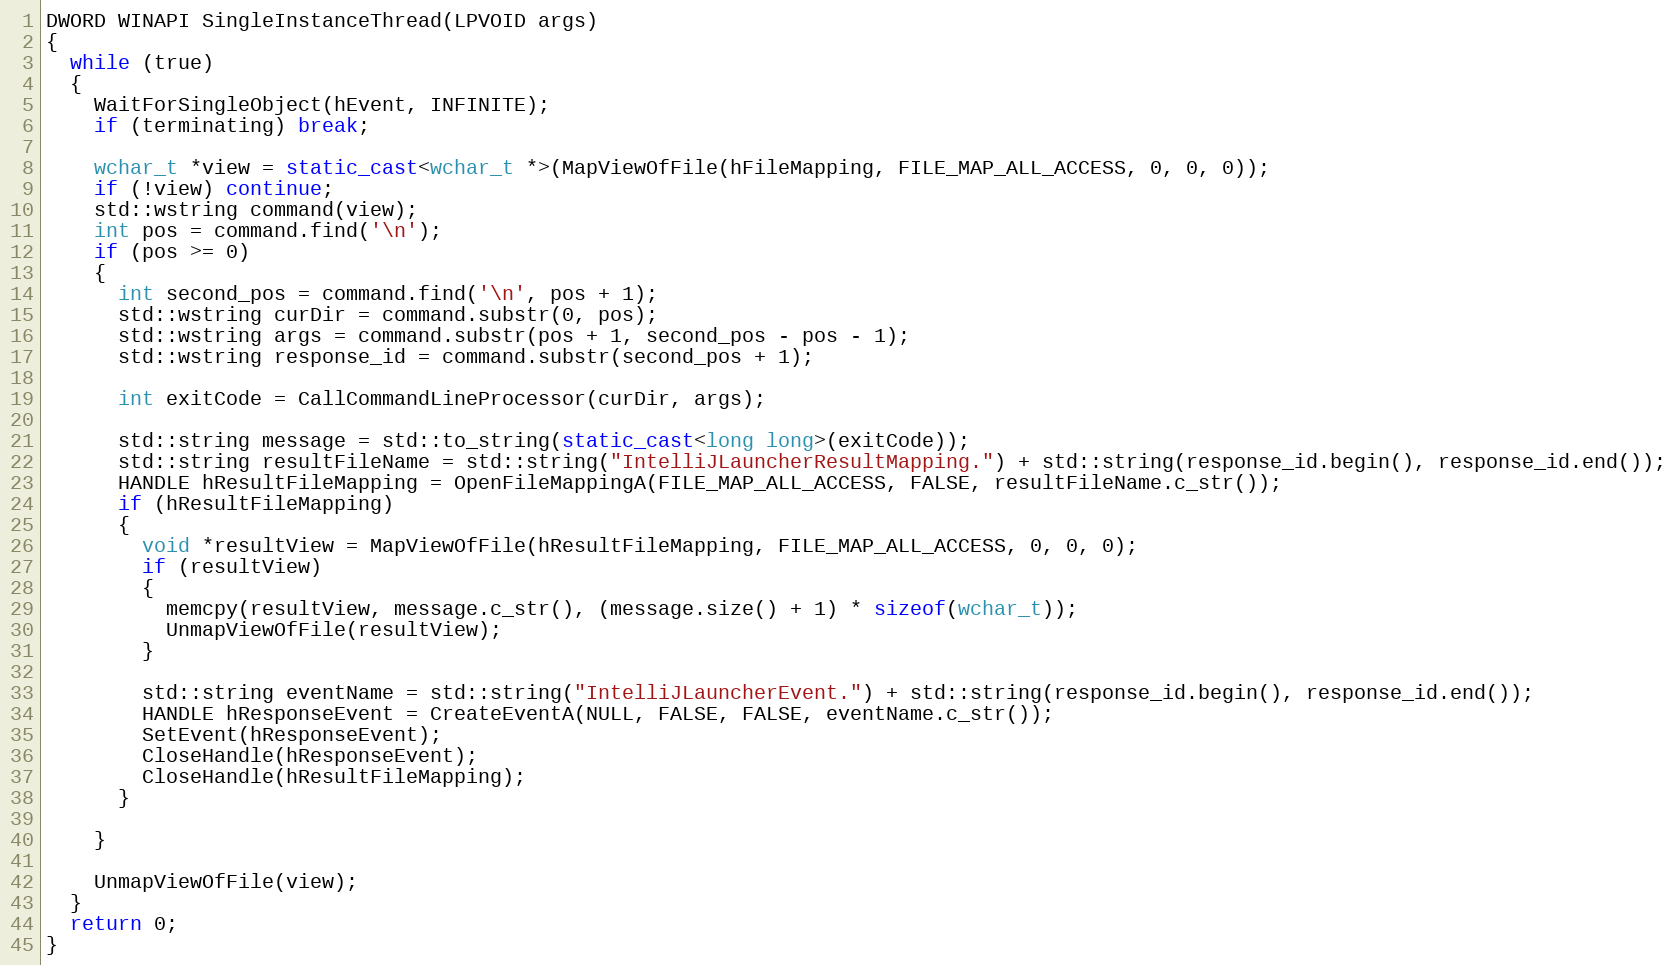
Language: C++
DWORD WINAPI SingleInstanceThread(LPVOID args)
{
  while (true)
  {
    WaitForSingleObject(hEvent, INFINITE);
    if (terminating) break;

    wchar_t *view = static_cast<wchar_t *>(MapViewOfFile(hFileMapping, FILE_MAP_ALL_ACCESS, 0, 0, 0));
    if (!view) continue;
    std::wstring command(view);
    int pos = command.find('\n');
    if (pos >= 0)
    {
      int second_pos = command.find('\n', pos + 1);
      std::wstring curDir = command.substr(0, pos);
      std::wstring args = command.substr(pos + 1, second_pos - pos - 1);
      std::wstring response_id = command.substr(second_pos + 1);

      int exitCode = CallCommandLineProcessor(curDir, args);

      std::string message = std::to_string(static_cast<long long>(exitCode));
      std::string resultFileName = std::string("IntelliJLauncherResultMapping.") + std::string(response_id.begin(), response_id.end());
      HANDLE hResultFileMapping = OpenFileMappingA(FILE_MAP_ALL_ACCESS, FALSE, resultFileName.c_str());
      if (hResultFileMapping)
      {
        void *resultView = MapViewOfFile(hResultFileMapping, FILE_MAP_ALL_ACCESS, 0, 0, 0);
        if (resultView)
        {
          memcpy(resultView, message.c_str(), (message.size() + 1) * sizeof(wchar_t));
          UnmapViewOfFile(resultView);
        }

        std::string eventName = std::string("IntelliJLauncherEvent.") + std::string(response_id.begin(), response_id.end());
        HANDLE hResponseEvent = CreateEventA(NULL, FALSE, FALSE, eventName.c_str());
        SetEvent(hResponseEvent);
        CloseHandle(hResponseEvent);
        CloseHandle(hResultFileMapping);
      }

    }

    UnmapViewOfFile(view);
  }
  return 0;
}